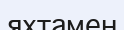
яхтамен